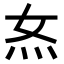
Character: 𭴇